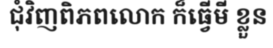
ជុំវិញពិភពលោក ក៏ធ្វើមី ខ្លួន